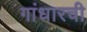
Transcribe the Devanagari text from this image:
गांधारची